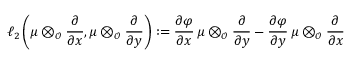
\ell _ { 2 } \left( \mu \otimes _ { \mathcal O } \frac { \partial } { \partial x } , \mu \otimes _ { \mathcal O } \frac { \partial } { \partial y } \right) : = \frac { \partial \varphi } { \partial x } \, \mu \otimes _ { \mathcal O } \frac { \partial } { \partial y } - \frac { \partial \varphi } { \partial y } \, \mu \otimes _ { \mathcal O } \frac { \partial } { \partial x }